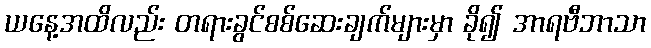
ယနေ့အထိလည်း တရားခွင်စစ်ဆေးချက်များမှာ ခို၍ အာရဗီဘာသာ